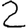
Digit: 2